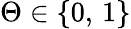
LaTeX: \Theta\in\{ 0,\, 1\}